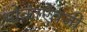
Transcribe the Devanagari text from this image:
भोकाऐवजी